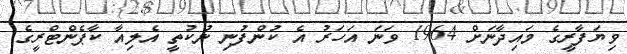
ވިޔަފާރީގެ މައިދާނަށް 1964 ވަނަ އަހަރު އެ ކުންފުނި ނުކުތީ އެލިއާ ކާޕެންޓްރީގެ